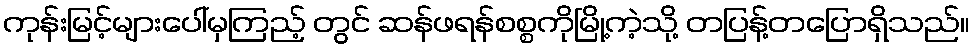
ကုန်းမြင့်များပေါ်မှကြည့် တွင် ဆန်ဖရန်စစ္စကိုမြို့ကဲ့သို့ တပြန့်တပြောရှိသည်။